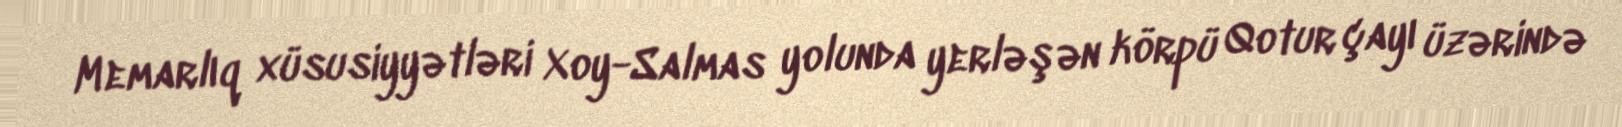
Memarlıq xüsusiyyətləri Xoy-Salmas yolunda yerləşən körpü Qotur çayı üzərində